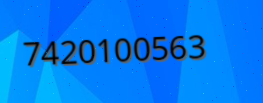
7420100563